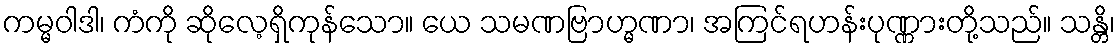
ကမ္မဝါဒါ၊ ကံကို ဆိုလေ့ရှိကုန်သော။ ယေ သမဏဗြာဟ္မဏာ၊ အကြင်ရဟန်းပုဏ္ဏားတို့သည်။ သန္တိ၊